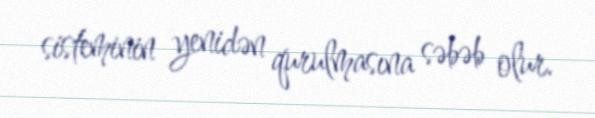
sisteminin yenidən qurulmasına səbəb olur.